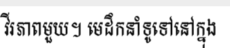
វីរភាពមួយ។ មេដឹកនាំទូទៅនៅក្នុង